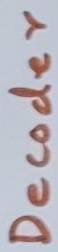
Text: Decoder